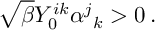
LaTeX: \sqrt { \beta } Y _ { 0 } ^ { i k } \alpha ^ { j } { } _ { k } > 0 \, .